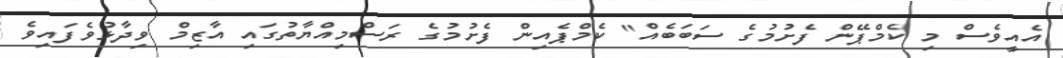
އެއީވެސް މި ކެމްޕޭން ފެށުމުގެ ސަބަބެއް" ކެމްޕެއިން ފެށުމުގެ ރަސްމިއްޔާތުގައި އާޒިމް ވިދާޅުވެފައިވެ